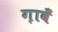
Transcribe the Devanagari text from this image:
ग़ावँ